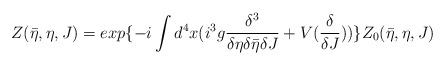
\begin{align*}Z(\bar{\eta},\eta,J)=exp\{-i\int d^{4}x ( i^{3}g\frac{\delta^{3}}{\delta\eta\delta\bar{\eta}\delta J}+V(\frac{\delta}{\delta J}))\}Z_{0}(\bar{\eta},\eta,J)\end{align*}